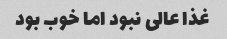
غذا عالی نبود اما خوب بود